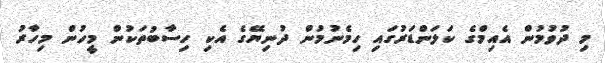
މި ދުވުމުން އެއިމްގެ ކަލަންޑަރުގައި ހިމެނުމުން ދުނިޔޭގެ އެކި ހިސާބުތަކުން މީހުން މިހާރު